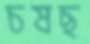
চষছ